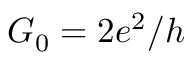
G _ { 0 } = 2 e ^ { 2 } / h